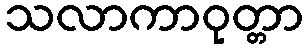
သလာကာဝုတ္တာ